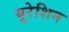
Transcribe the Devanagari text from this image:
यूरेशिन